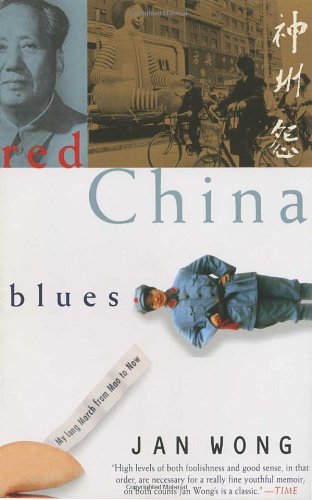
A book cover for Red China Blues: My Long March From Mao to Now; Jan Wong; Biographies & Memoirs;